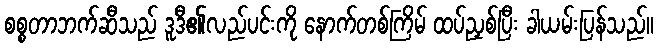
စစ္စတာဘက်ဆီသည် ဒူဒီ၏လည်ပင်းကို နောက်တစ်ကြိမ် ထပ်ညှစ်ပြီး ခါယမ်းပြန်သည်။